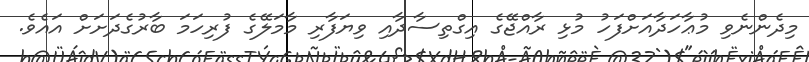
މިދެންނެވި މުޢާހަދާއަށްފަހު މުޅި ރާއްޖޭގެ އިގްތިސާދާއި ވިޔަފާރި މާމަލޭގެ ފުރިހަމަ ބާރުގެދަށަށް އައެވެ.